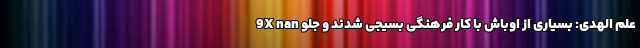
9X nan علم الهدی: بسیاری از اوباش با کار فرهنگی بسیجی شدند و جلو